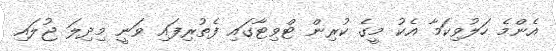
އެންމެ ހަލުވިކަމާ އެކު މީގެ ކުރިން ޓްވިޓާގައި ފެތުރިފައި ވަނީ މިދިލަ ޖުލައި